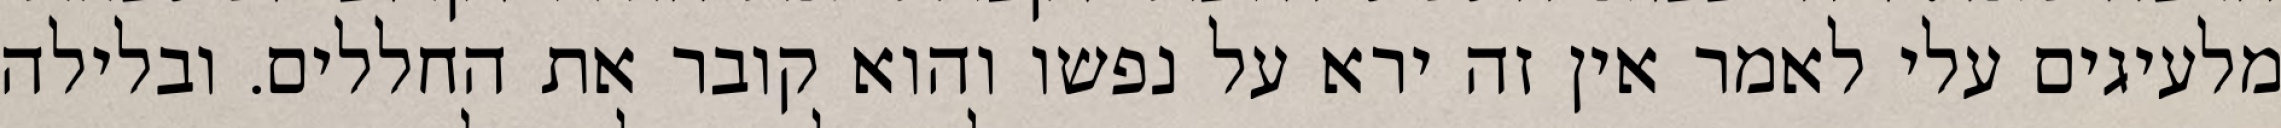
מלעיגים עלי לאמר אין זה ירא על נפשו והוא קובר את החללים. ובלילה